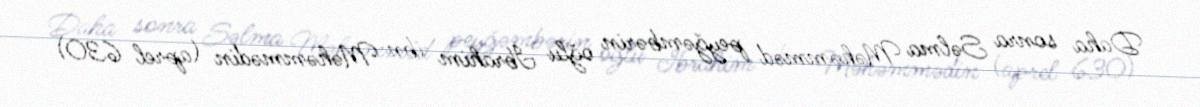
Daha sonra Səlma Məhəmməd peyğəmbərin oğlu İbrahim ibn Məhəmmədin (aprel 630)